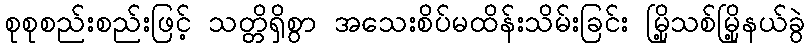
စုစုစည်းစည်းဖြင့် သတ္တိရှိစွာ အသေးစိပ်မထိန်းသိမ်းခြင်း မြို့သစ်မြို့နယ်ခွဲ